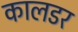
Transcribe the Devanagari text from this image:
कालडर